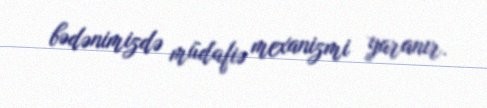
bədənimizdə müdafiə mexanizmi yaranır.